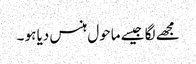
مجھے لگا جیسے ماحول ہنس دیا ہو ۔